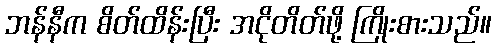
ဘန်နီက စိတ်ထိန်းပြီး အငိုတိတ်ဖို့ ကြိုးစားသည်။